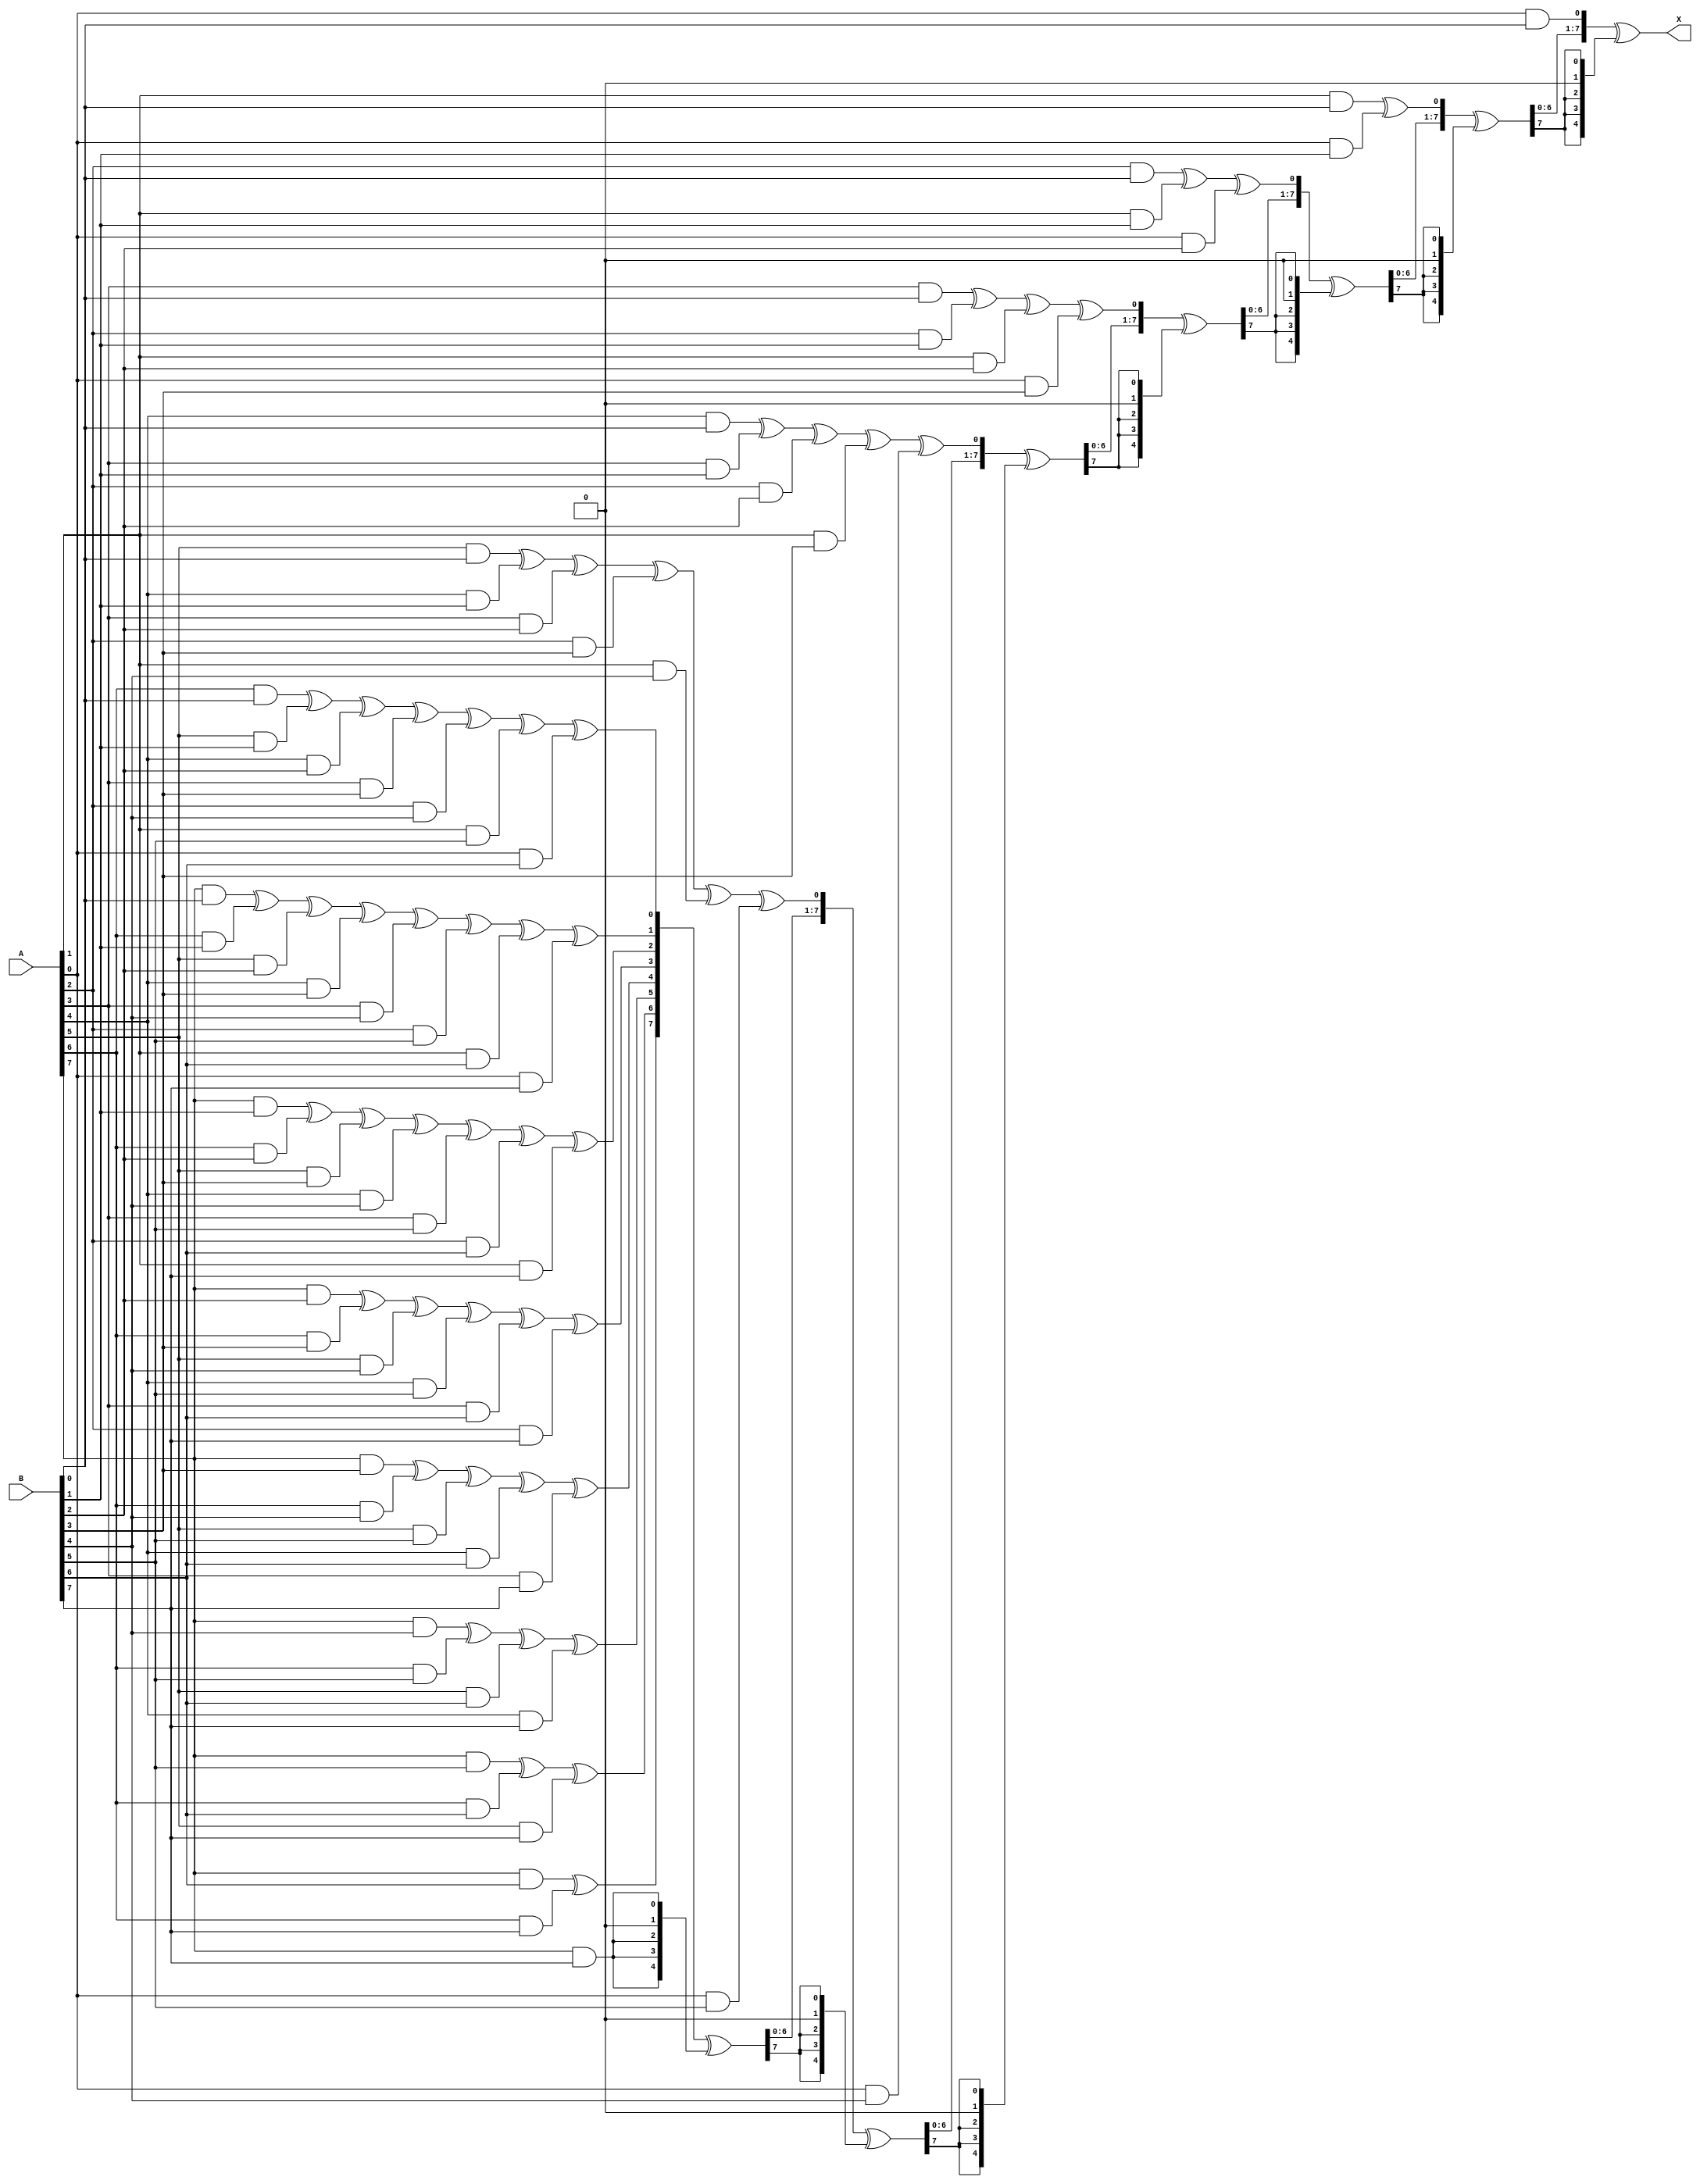
module gf256_mult(
    input [7:0] A,
    input [7:0] B,

    output [7:0] X
);

wire [14:0] z;
assign z[0] = (A[0]&B[0]);
assign z[1] = (A[1]&B[0])^(A[0]&B[1]);
assign z[2] = (A[2]&B[0])^(A[1]&B[1])^(A[0]&B[2]);
assign z[3] = (A[3]&B[0])^(A[2]&B[1])^(A[1]&B[2])^(A[0]&B[3]);
assign z[4] = (A[4]&B[0])^(A[3]&B[1])^(A[2]&B[2])^(A[1]&B[3])^(A[0]&B[4]);
assign z[5] = (A[5]&B[0])^(A[4]&B[1])^(A[3]&B[2])^(A[2]&B[3])^(A[1]&B[4])^(A[0]&B[5]);
assign z[6] = (A[6]&B[0])^(A[5]&B[1])^(A[4]&B[2])^(A[3]&B[3])^(A[2]&B[4])^(A[1]&B[5])^(A[0]&B[6]);
assign z[7] = (A[7]&B[0])^(A[6]&B[1])^(A[5]&B[2])^(A[4]&B[3])^(A[3]&B[4])^(A[2]&B[5])^(A[1]&B[6])^(A[0]&B[7]);
assign z[8] = (A[7]&B[1])^(A[6]&B[2])^(A[5]&B[3])^(A[4]&B[4])^(A[3]&B[5])^(A[2]&B[6])^(A[1]&B[7]);
assign z[9] = (A[7]&B[2])^(A[6]&B[3])^(A[5]&B[4])^(A[4]&B[5])^(A[3]&B[6])^(A[2]&B[7]);
assign z[10]= (A[7]&B[3])^(A[6]&B[4])^(A[5]&B[5])^(A[4]&B[6])^(A[3]&B[7]);
assign z[11]= (A[7]&B[4])^(A[6]&B[5])^(A[5]&B[6])^(A[4]&B[7]);
assign z[12]= (A[7]&B[5])^(A[6]&B[6])^(A[5]&B[7]);
assign z[13]= (A[7]&B[6])^(A[6]&B[7]);
assign z[14]= (A[7]&B[7]);

wire [8:0] poly = 9'b100011101;

wire [8:0] D1 = {z[14],z[13],z[12],z[11],z[10],z[9],z[8],z[7],z[6]};
wire [8:0] and1 = {D1[8]&poly[8],D1[8]&poly[7],D1[8]&poly[6],D1[8]&poly[5],D1[8]&poly[4],D1[8]&poly[3],D1[8]&poly[2],D1[8]&poly[1],D1[8]&poly[0]};
wire [8:0] MUX1 = D1^and1;

wire [8:0] D2 = {MUX1[7],MUX1[6],MUX1[5],MUX1[4],MUX1[3],MUX1[2],MUX1[1],MUX1[0],z[5]};
wire [8:0] and2 = {D2[8]&poly[8],D2[8]&poly[7],D2[8]&poly[6],D2[8]&poly[5],D2[8]&poly[4],D2[8]&poly[3],D2[8]&poly[2],D2[8]&poly[1],D2[8]&poly[0]};
wire [8:0] MUX2 = D2^and2;

wire [8:0] D3 = {MUX2[7],MUX2[6],MUX2[5],MUX2[4],MUX2[3],MUX2[2],MUX2[1],MUX2[0],z[4]};
wire [8:0] and3 = {D3[8]&poly[8],D3[8]&poly[7],D3[8]&poly[6],D3[8]&poly[5],D3[8]&poly[4],D3[8]&poly[3],D3[8]&poly[2],D3[8]&poly[1],D3[8]&poly[0]};
wire [8:0] MUX3 = D3^and3;

wire [8:0] D4 = {MUX3[7],MUX3[6],MUX3[5],MUX3[4],MUX3[3],MUX3[2],MUX3[1],MUX3[0],z[3]};
wire [8:0] and4 = {D4[8]&poly[8],D4[8]&poly[7],D4[8]&poly[6],D4[8]&poly[5],D4[8]&poly[4],D4[8]&poly[3],D4[8]&poly[2],D4[8]&poly[1],D4[8]&poly[0]};
wire [8:0] MUX4 = D4^and4;

wire [8:0] D5 = {MUX4[7],MUX4[6],MUX4[5],MUX4[4],MUX4[3],MUX4[2],MUX4[1],MUX4[0],z[2]};
wire [8:0] and5 = {D5[8]&poly[8],D5[8]&poly[7],D5[8]&poly[6],D5[8]&poly[5],D5[8]&poly[4],D5[8]&poly[3],D5[8]&poly[2],D5[8]&poly[1],D5[8]&poly[0]};
wire [8:0] MUX5 = D5^and5;

wire [8:0] D6 = {MUX5[7],MUX5[6],MUX5[5],MUX5[4],MUX5[3],MUX5[2],MUX5[1],MUX5[0],z[1]};
wire [8:0] and6 = {D6[8]&poly[8],D6[8]&poly[7],D6[8]&poly[6],D6[8]&poly[5],D6[8]&poly[4],D6[8]&poly[3],D6[8]&poly[2],D6[8]&poly[1],D6[8]&poly[0]};
wire [8:0] MUX6 = D6^and6;

wire [8:0] D7 = {MUX6[7],MUX6[6],MUX6[5],MUX6[4],MUX6[3],MUX6[2],MUX6[1],MUX6[0],z[0]};
wire [8:0] and7 = {D7[8]&poly[8],D7[8]&poly[7],D7[8]&poly[6],D7[8]&poly[5],D7[8]&poly[4],D7[8]&poly[3],D7[8]&poly[2],D7[8]&poly[1],D7[8]&poly[0]};
wire [8:0] MUX7 = D7^and7;

assign X = MUX7[7:0];

endmodule